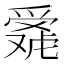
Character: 𬋴